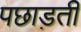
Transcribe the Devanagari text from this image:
पछाड़ती